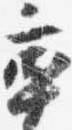
率